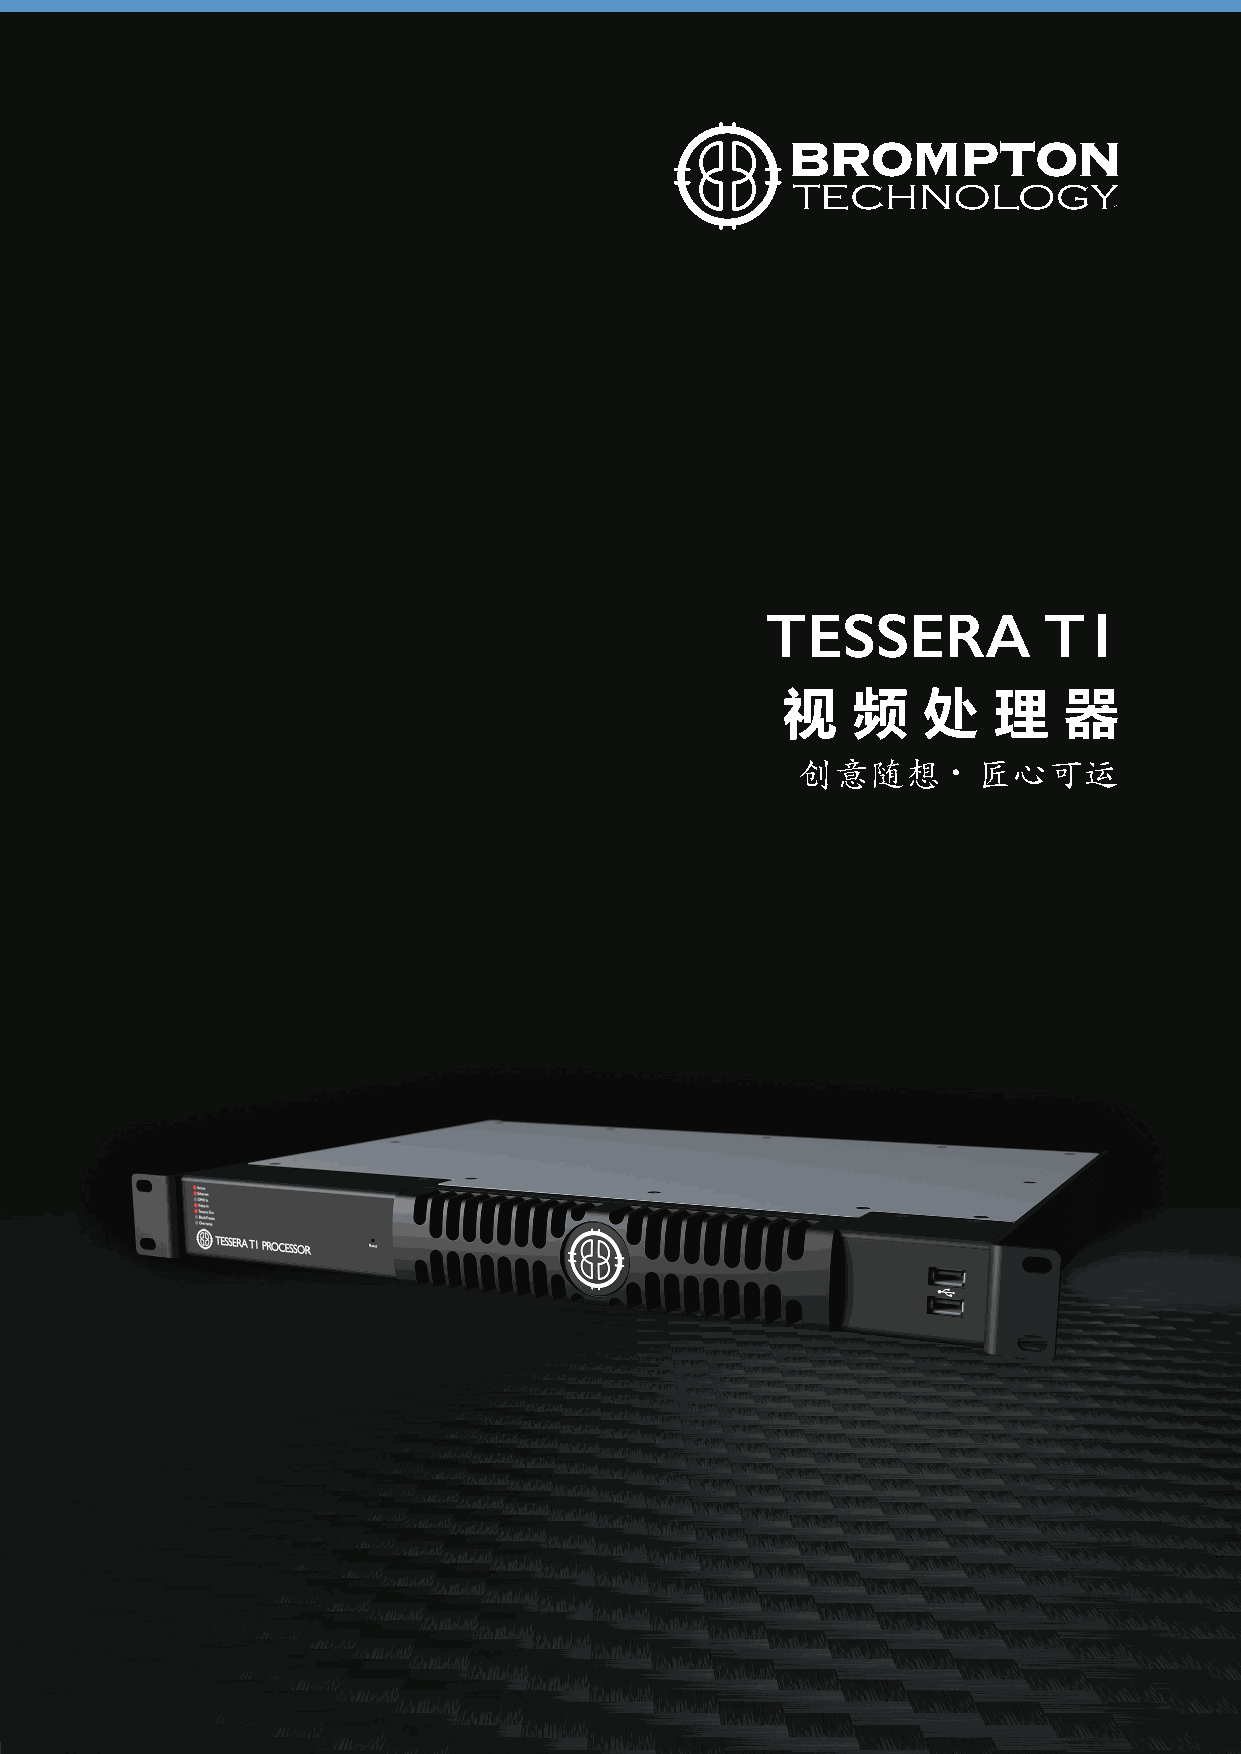
TESSERA           T1
 视   频    处    理   器
 ∙
 创意随想        匠心可运